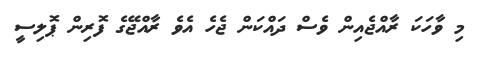
މި ވާހަކަ ރާއްޖެއިން ވެސް ދައްކަން ޖެހެ އެވެ ރާއްޖޭގެ ފޮރިން ޕޮލިސީ